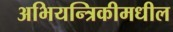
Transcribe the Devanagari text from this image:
अभियन्त्रिकीमधील